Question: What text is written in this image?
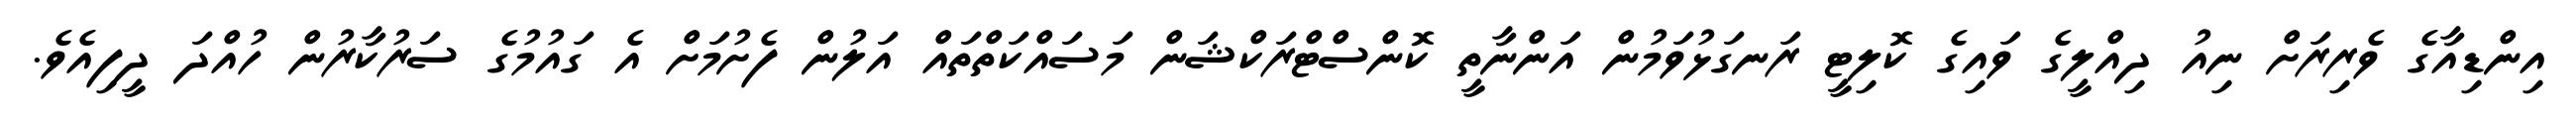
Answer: އިންޑިއާގެ ވެރިރަށް ނިއު ދިއްލީގެ ވައިގެ ކޮލިޓީ ރަނގަޅުވަމުން އަންނާތީ ކޮންސްޓްރަކްޝަން މަސައްކަތްތައް އަލުން ފެށުމަށް އެ ގައުމުގެ ސަރުކާރުން ހުއްދަ ދީފިއެވެ.